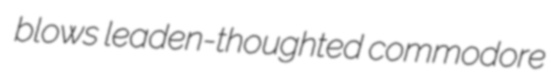
blows leaden-thoughted commodore